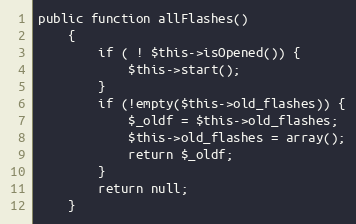
Language: PHP
public function allFlashes()
    {
        if ( ! $this->isOpened()) {
            $this->start();
        }
        if (!empty($this->old_flashes)) {
            $_oldf = $this->old_flashes;
            $this->old_flashes = array();
            return $_oldf;
        }
        return null;
    }